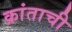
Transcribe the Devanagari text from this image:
क्रांताची